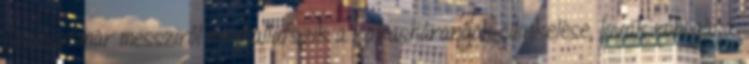
faluban már messziről meghallatszik a kakasharangok cilinkelése, lovak robogása.